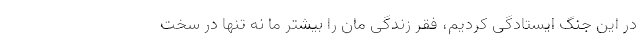
در این جنگ ایستادگی کردیم، فقر زندگی مان را بیشتر ما نه تنها در سخت